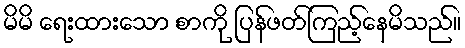
မိမိ ရေးထားသော စာကို ပြန်ဖတ်ကြည့်နေမိသည်။